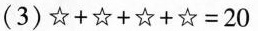
(3)$$☆ + ☆ + ☆ + ☆ = 2 0$$